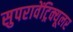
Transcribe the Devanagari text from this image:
सुपरावेंट्रिक्यूलर